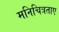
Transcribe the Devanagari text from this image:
मनिचित्रताए